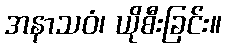
အနာသဝံ၊ ယိုစီးခြင်း။